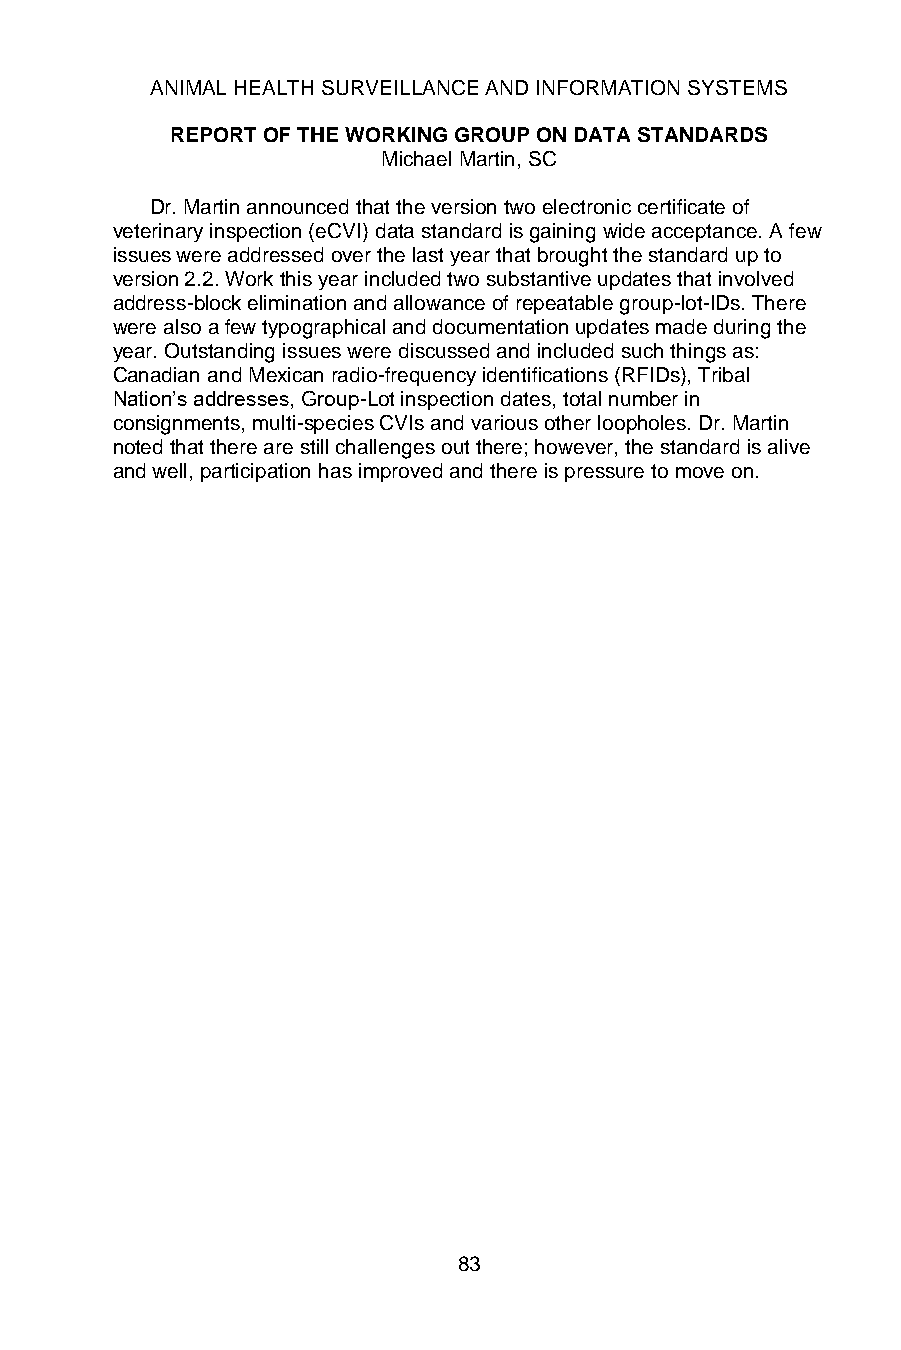
ANIMAL HEALTH SURVEILLANCE AND INFORMATION SYSTEMS
 REPORT OF THE WORKING GROUP ON DATA STANDARDS
 Michael Martin, SC
 Dr. Martin announced that the version two electronic certificate of
 veterinary inspection (eCVI) data standard is gaining wide acceptance. A few
 issues were addressed over the last year that brought the standard up to
 version 2.2. Work this year included two substantive updates that involved
 address-block elimination and allowance of repeatable group-lot-IDs. There
 were also a few typographical and documentation updates made during the
 year. Outstanding issues were discussed and included such things as:
 Canadian and Mexican radio-frequency identifications (RFIDs), Tribal
 Nation’s addresses, Group-Lot inspection dates, total number in
 consignments, multi-species CVIs and various other loopholes. Dr. Martin
 noted that there are still challenges out there; however, the standard is alive
 and well, participation has improved and there is pressure to move on.
 83